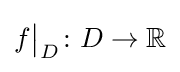
f{\big \vert }_{D}\colon D\to \mathbb {R}